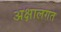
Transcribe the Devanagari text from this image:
अक्षालगत